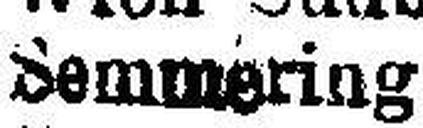
Semmering